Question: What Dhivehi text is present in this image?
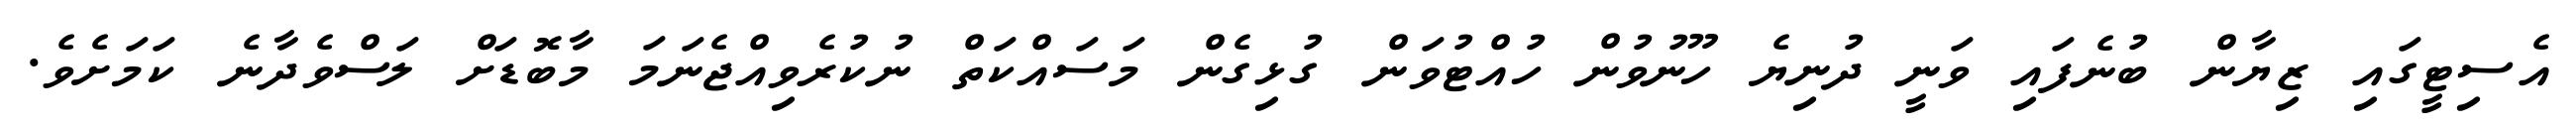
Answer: އެސިޓީގައި ޒިޔާން ބުނެފައި ވަނީ ދުނިޔެ ހޫނުވުން ހުއްޓުވަން ގުޅިގެން މަސައްކަތް ނުކުރެވިއްޖެނަމަ މާބޮޑަށް ލަސްވެދާނެ ކަމަށެވެ.